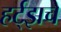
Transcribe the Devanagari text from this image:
हर्ट्‌झचे